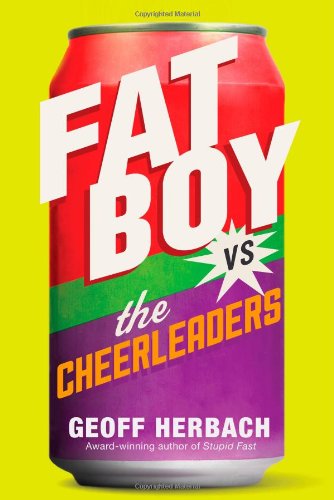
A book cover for Fat Boy vs. the Cheerleaders; Geoff Herbach; Teen & Young Adult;